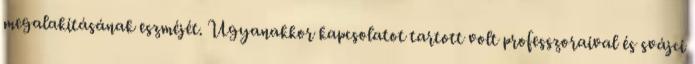
megalakításának eszméjét. Ugyanakkor kapcsolatot tartott volt professzoraival és svájci